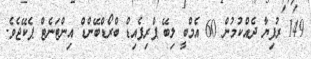
149 ރުފިޔާ ދެއްކުމުން 60 އެމްބީ ލިބޭ ޕްރިޕެއިޑް ބްރޯޑްބޭންޑް އިންޓަނެޓް ޕެކޭޖެވެ.